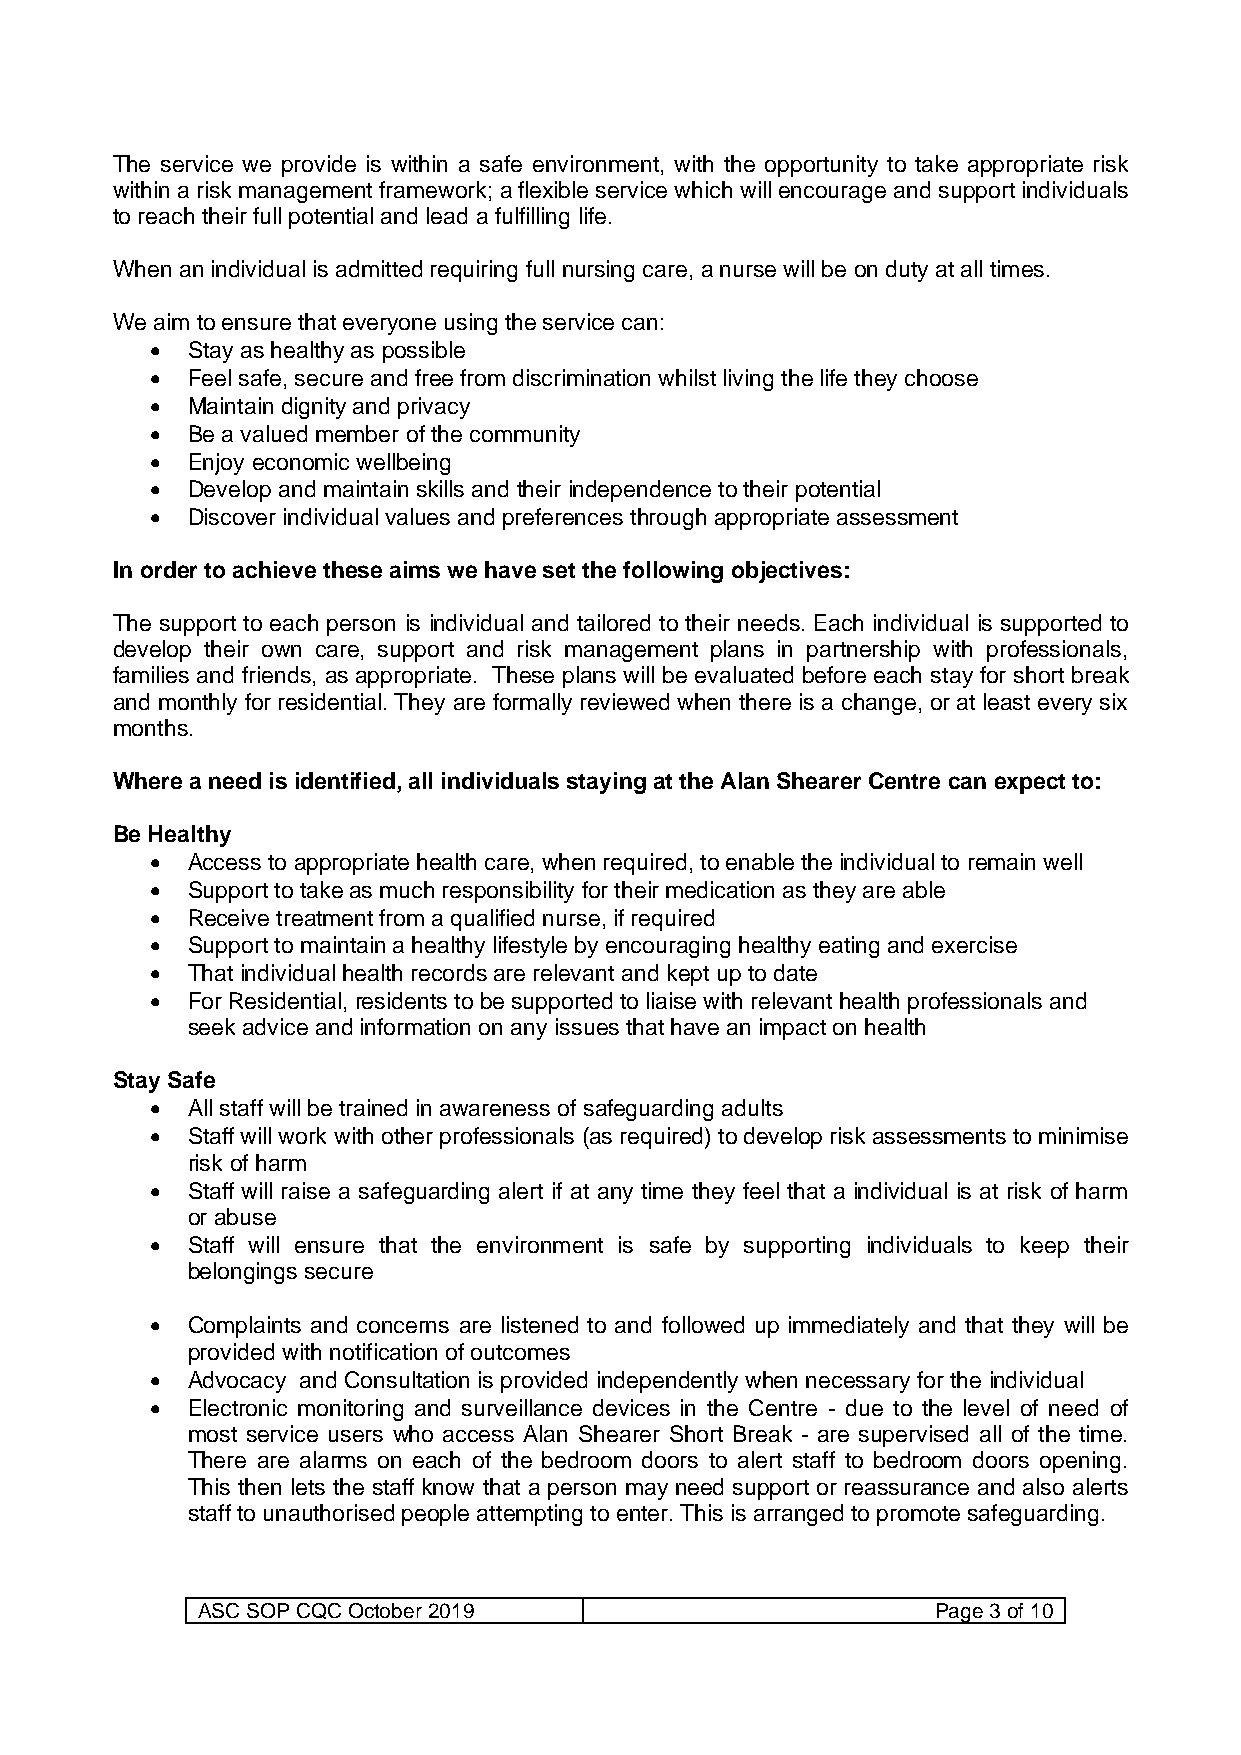
The service we provide is within a safe environment, with the opportunity to take appropriate risk
 within a risk management framework; a flexible service which will encourage and support individuals
 to reach their full potential and lead a fulfilling life.
 When an individual is admitted requiring full nursing care, a nurse will be on duty at all times.
 We aim to ensure that everyone using the service can:
 • Stay as healthy as possible
 • Feel safe, secure and free from discrimination whilst living the life they choose
 • Maintain dignity and privacy
 • Be a valued member of the community
 • Enjoy economic wellbeing
 • Develop and maintain skills and their independence to their potential
 • Discover individual values and preferences through appropriate assessment
 In order to achieve these aims we have set the following objectives:
 The support to each person is individual and tailored to their needs. Each individual is supported to
 develop their own care, support and risk management plans in partnership with professionals,
 families and friends, as appropriate. These plans will be evaluated before each stay for short break
 and monthly for residential. They are formally reviewed when there is a change, or at least every six
 months.
 Where a need is identified, all individuals staying at the Alan Shearer Centre can expect to:
 Be Healthy
 • Access to appropriate health care, when required, to enable the individual to remain well
 • Support to take as much responsibility for their medication as they are able
 • Receive treatment from a qualified nurse, if required
 • Support to maintain a healthy lifestyle by encouraging healthy eating and exercise
 • That individual health records are relevant and kept up to date
 • For Residential, residents to be supported to liaise with relevant health professionals and
 seek advice and information on any issues that have an impact on health
 Stay Safe
 • All staff will be trained in awareness of safeguarding adults
 • Staff will work with other professionals (as required) to develop risk assessments to minimise
 risk of harm
 • Staff will raise a safeguarding alert if at any time they feel that a individual is at risk of harm
 or abuse
 • Staff will ensure that the environment is safe by supporting individuals to keep their
 belongings secure
 • Complaints and concerns are listened to and followed up immediately and that they will be
 provided with notification of outcomes
 • Advocacy and Consultation is provided independently when necessary for the individual
 • Electronic monitoring and surveillance devices in the Centre - due to the level of need of
 most service users who access Alan Shearer Short Break - are supervised all of the time.
 There are alarms on each of the bedroom doors to alert staff to bedroom doors opening.
 This then lets the staff know that a person may need support or reassurance and also alerts
 staff to unauthorised people attempting to enter. This is arranged to promote safeguarding.
 ASC SOP CQC October 2019                         Page 3 of 10